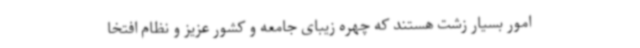
امور بسیار زشت هستند که چهره زیبای جامعه و کشور عزیز و نظام افتخا